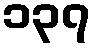
၁၃၇